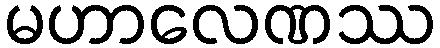
မဟာလေဏဿ